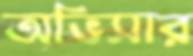
অভিসার